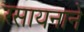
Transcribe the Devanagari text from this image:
रसायनाने